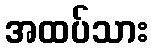
အထပ်သား